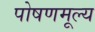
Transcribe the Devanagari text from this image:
पोषणमूल्य